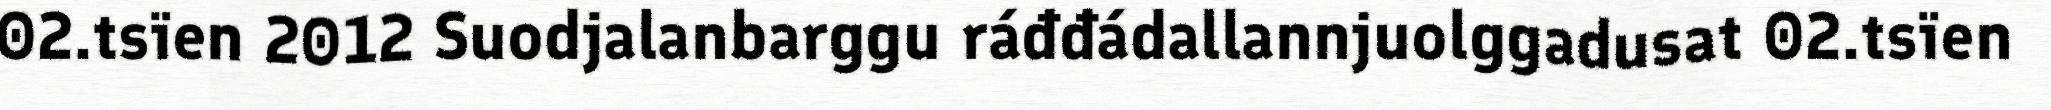
02.tsïen 2012 Suodjalanbarggu ráđđádallannjuolggadusat 02.tsïen